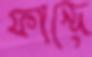
ফান্দে